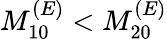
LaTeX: M_{10}^{(E)}<M_{20}^{(E)}